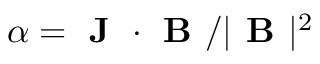
\alpha = \textbf { J } \cdot \textbf { B } / | \textbf { B } | ^ { 2 }